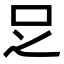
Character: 𠯁